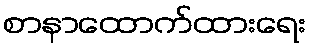
စာနာထောက်ထားရေး